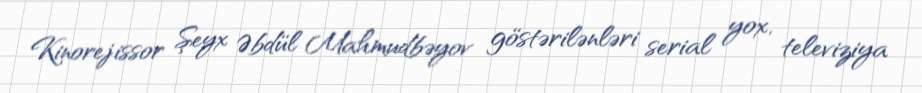
Kinorejissor Şeyx Əbdül Mahmudbəyov göstərilənləri serial yox, televiziya